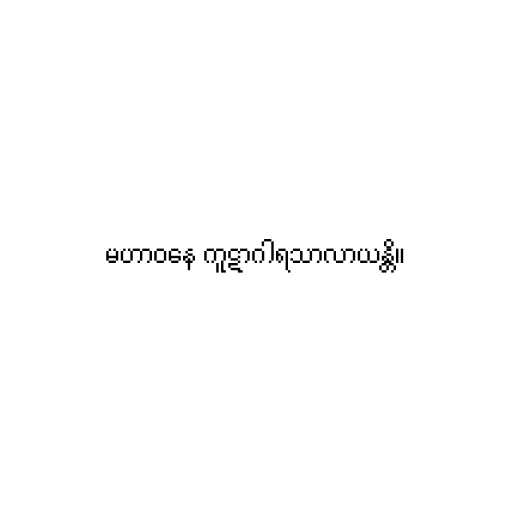
မဟာဝနေ ကူဋာဂါရသာလာယန္တိ။